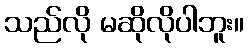
သည်လို မဆိုလိုပါဘူး။